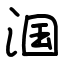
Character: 𬇹